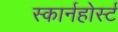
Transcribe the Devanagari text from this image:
स्कार्नहोर्स्ट